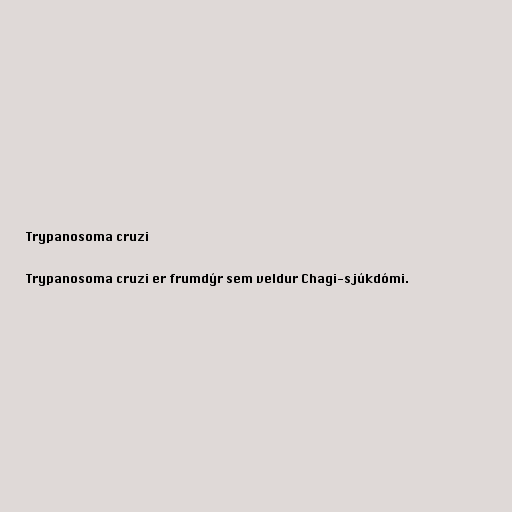
Trypanosoma cruzi

Trypanosoma cruzi er frumdýr sem veldur Chagi-sjúkdómi.